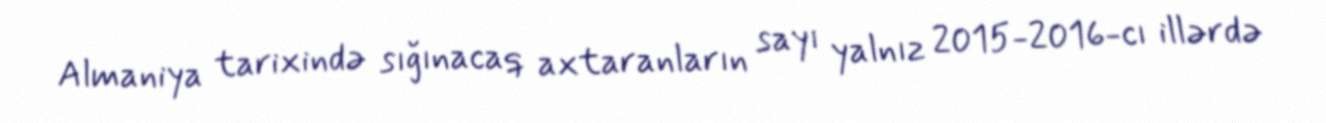
Almaniya tarixində sığınacaq axtaranların sayı yalnız 2015-2016-cı illərdə